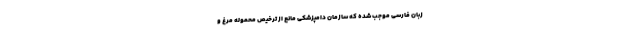
زبان فارسی موجب شده که سازمان دامپزشکی مانع از ترخیص محموله مرغ و